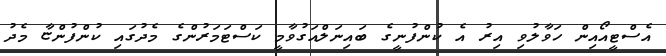
އެސްޓީއޯއިން ހަވާލުވި އިރު އެ ކުންފުނީގެ ބައިނަލްއަގުވާމީ ކަސްޓަމަރުންގެ މެދުގައި ކުންފުންޏާ މެދު